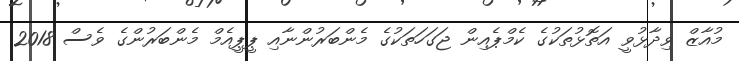
މުއާޒް ވިދާޅުވީ އަތޮޅުތަކުގެ ކެމްޕެއިން ޖަގަހަތަކުގެ މެންބަރުންނާއި ޕީޕީއެމް މެންބަރުންގެ ވެސް 2018